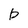
Character: b